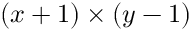
( x + 1 ) \times ( y - 1 )